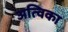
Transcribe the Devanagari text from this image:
अत्विका